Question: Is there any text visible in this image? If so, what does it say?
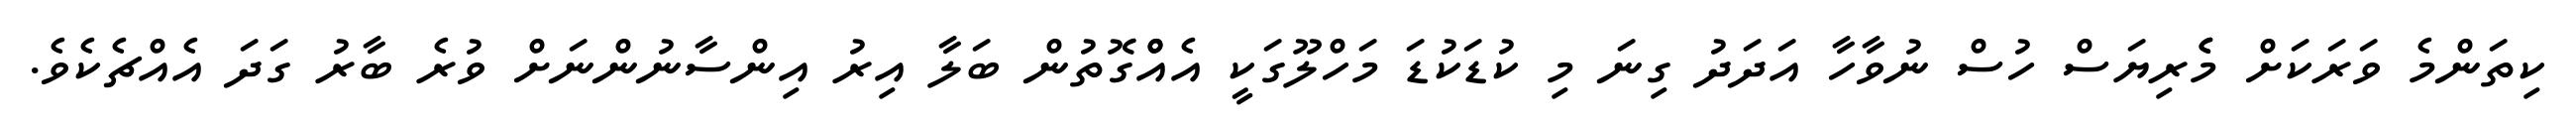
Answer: ކިތަންމެ ވަރަކަށް މެެރިޔަސް ހުސް ނުވާހާ އަދަދު ގިނަ މި ކުޑަކުޑަ މަހްލޫގަކީ އެއްްގޮތުން ބަލާ އިރު އިންސާނުންނަށް ވުރެ ބާރު ގަދަ އެއްޗެކެވެ.